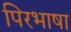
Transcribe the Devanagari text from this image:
पिरभाषा